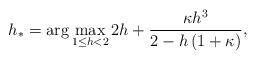
LaTeX: \begin{align*} \begin{aligned} h_* = \arg \max_{1 {} \leq {} h < 2} 2 h + \frac{\kappa h^3}{2-h\left(1+\kappa\right)} \end{aligned},\end{align*}